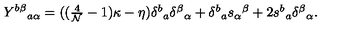
Y ^ { b \beta } { } _ { a \alpha } = ( ( \textstyle { \frac { 4 } { { \cal N } } } - 1 ) \kappa - \eta ) \delta ^ { b } { } _ { a } \delta ^ { \beta } { } _ { \alpha } + \delta ^ { b } { } _ { a } s _ { \alpha } { } ^ { \beta } + 2 s ^ { b } { } _ { a } \delta ^ { \beta } { } _ { \alpha } .